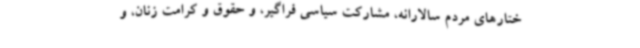
ختارهای مردم سالارانه، مشارکت سیاسی فراگیر، و حقوق و کرامت زنان، و